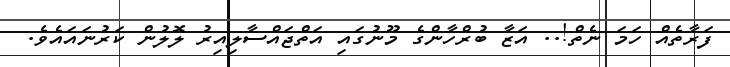
ފަރާތެއް ހަމަ ނެތް!.. އަޒާ ބުރްހާންގެ މޫނުގައި އަތްޖައްސާލިއިރު ލޮލުން ކަރުނައައެވެ.